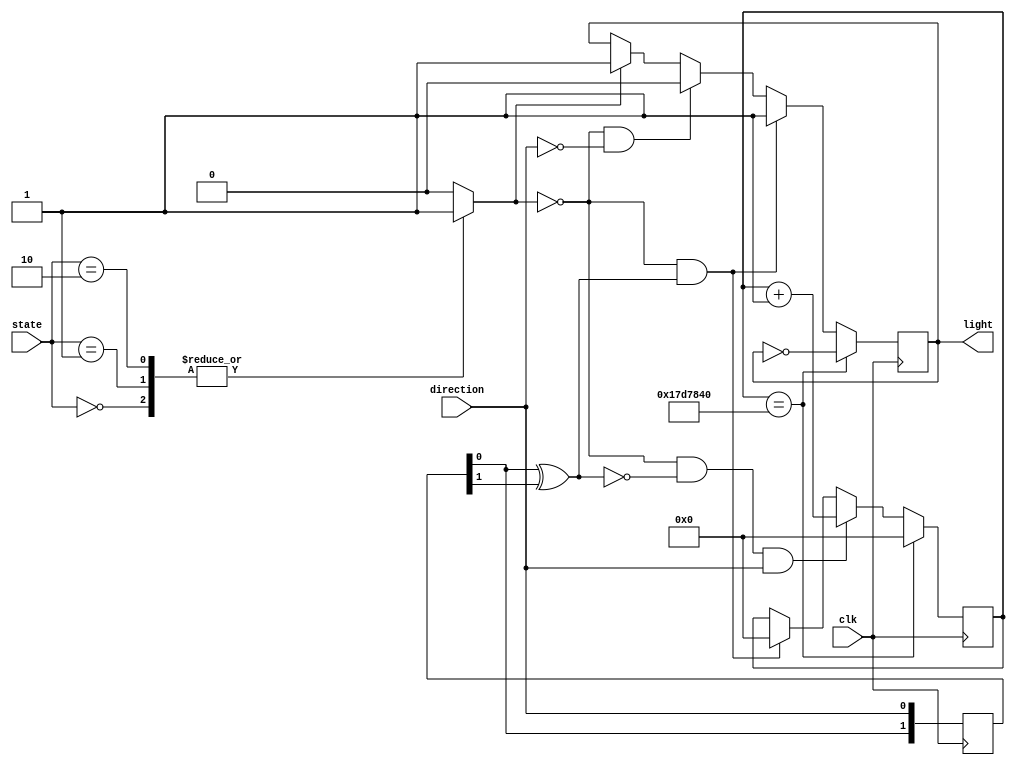
`timescale 1ns / 1ps
//////////////////////////////////////////////////////////////////////////////////
// Company: 
// Engineer: 
// 
// Design Name: 
// Module Name: flashing
// Project Name: 
// Target Devices: 
// Tool Versions: 
// Description: 
// 
// Dependencies: 
// 
// Revision:
// Revision 0.01 - File Created
// Additional Comments:
// 
//////////////////////////////////////////////////////////////////////////////////
module flashing(
input clk,
input[2:0] state,
input[0:0] direction,
output[0:0] light
    );
    reg[0:0] on;
    reg[0:0] out;
    reg [25:0] cnt;
    reg [1:0] record = 2'b00;
    wire [0:0] flashing;
    
    always@(posedge clk) begin
            record<={record[0],direction};
            end
            
            assign flashing = record[0]^record[1];
    
    always@(state) begin
    case(state)
    3'b000:on=1'b1;
    3'b001:on=1'b1;
    3'b010:on=1'b1;
    3'b011:on=1'b0;
    3'b100:on=1'b0;
    default:on=1'b0;
    endcase
    end
    
    always@(posedge clk) begin
    if(on==1'b1)begin
    out<=1'b1;
    end
    if(on==1'b0&&direction==1'b0) begin
    out<=1'b0;
    end
    if(on==1'b0&&flashing==1'b1)begin
    cnt<=0;
    out<=1'b1;
    end
    if(on==1'b0&&flashing==1'b0&&direction==1'b1)begin
    cnt<=cnt+1;
    end
    if(cnt==26'd25000000)begin
                        out<=~out;
                        cnt<=0;
                        end
    end
   
    assign light=out;
endmodule